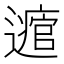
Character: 𨘃